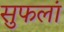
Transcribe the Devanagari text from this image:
सुफलां